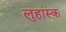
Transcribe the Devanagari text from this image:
लुहांस्क